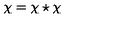
\chi = \chi \star \chi